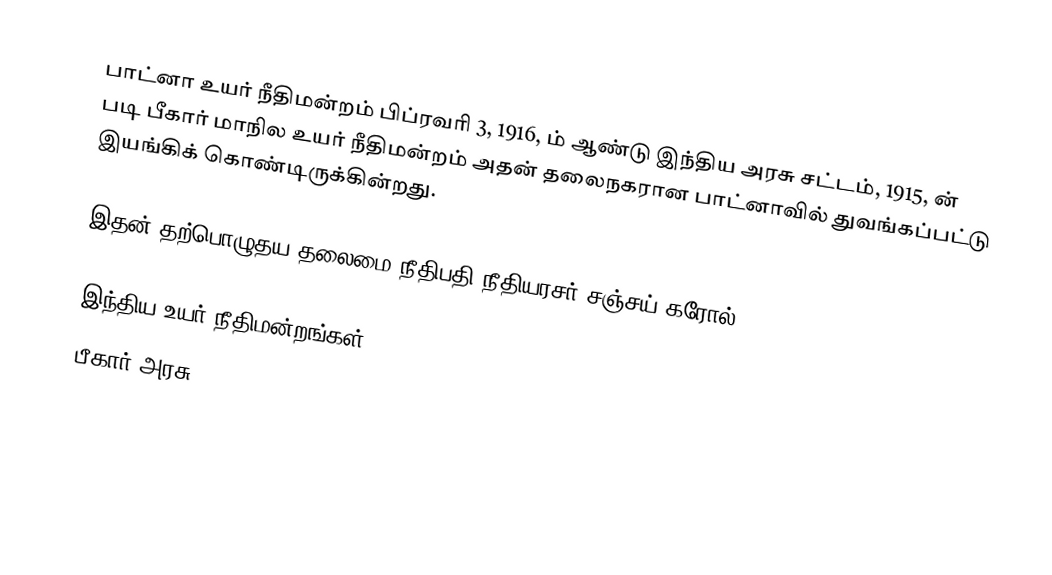
பாட்னா உயர் நீதிமன்றம் பிப்ரவரி 3, 1916, ம் ஆண்டு இந்திய அரசு சட்டம், 1915, ன் படி பீகார் மாநில உயர் நீதிமன்றம் அதன் தலைநகரான பாட்னாவில் துவங்கப்பட்டு இயங்கிக் கொண்டிருக்கின்றது.

இதன் தற்பொழுதய தலைமை நீதிபதி நீதியரசர் சஞ்சய் கரோல்.

இந்திய உயர் நீதிமன்றங்கள்
பீகார் அரசு